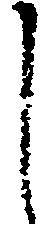
し